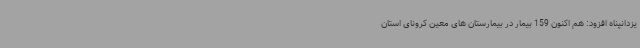
یزدانپناه افزود: هم اکنون 159 بیمار در بیمارستان های معین کرونای استان